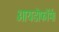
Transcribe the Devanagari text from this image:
आयडोफॉर्म।